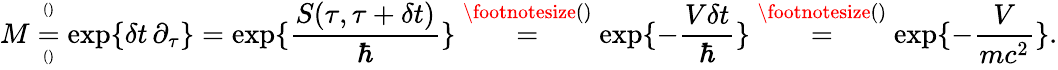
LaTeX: M\overset{^{()}}{\underset{^{()}}{=}}\exp\{ \delta t\, \partial_{\tau}\} =\exp\{ \frac{S(\tau,\tau+\delta t)}{\hbar}\} \overset{\footnotesize()}{=}\exp\{ -\frac{V\delta t}{\hbar}\} \overset{\footnotesize()}{=}\exp\{ -\frac{V}{mc^{2}}\} .